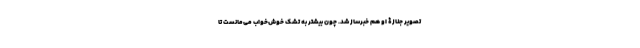
تصویر جنازۀ او هم خبرساز شد. چون بیشتر به تشک خوش‌خواب می‌مانست تا